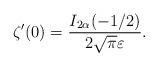
LaTeX: \begin{align*}\zeta ' (0)=\frac{I_{2\alpha}(-1/2)}{2\sqrt \pi \varepsilon}{.}\end{align*}